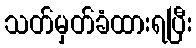
သတ်မှတ်ခံထားရပြီး